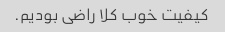
کیفیت خوب کلا راضی بودیم.